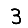
Digit: 3